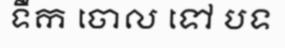
ទឹក ចោល ទៅ បទ